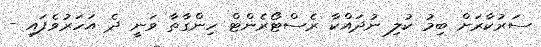
ސަރުކާރަށް ބިމު ކުލި ނުދައްކާ ރެސްޓޯރެންޓް ހިންގާތާ ވަނީ ދެ އަހަރުވެފައި -